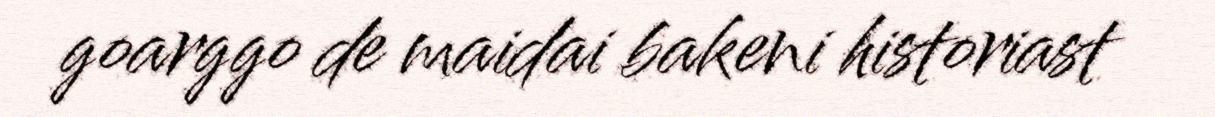
goarggo de maidai bakeni historiast